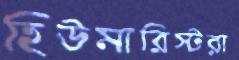
হিউমারিস্টরা